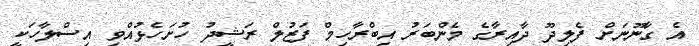
އެ ގާނޫނަށް ފެލިދޫ ދާއިރާގެ މެންބަރު އިބްރާހިމް ފަޒުލް ރަޝީދު ހުށަހެޅުއްވި އިސްލާހަކީ